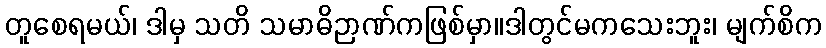
တူစေရမယ်၊ ဒါမှ သတိ သမာဓိဉာဏ်ကဖြစ်မှာ။ဒါတွင်မကသေးဘူး၊ မျက်စိက